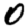
Digit: 0